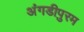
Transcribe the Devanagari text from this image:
अंगडीपुरम